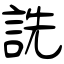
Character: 詵